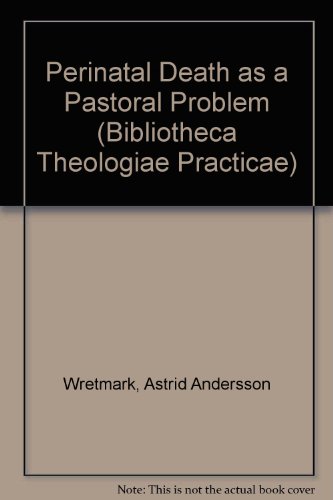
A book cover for Perinatal Death As a Pastoral Problem (Bibliotheca Theologiae Practicae Kyrkovetenskapliga Studier); Astrid Andersson Wretmark; Christian Books & Bibles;